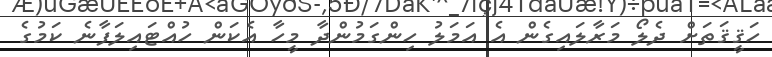
ހަޤީޤަތަށް ދެލޯ މަރާލައިގެން އެ އަމަލު ހިންގަމުންދާ މީހާ އެކަން ހުއްޓައިލަފާނެ ކަމުގެ